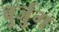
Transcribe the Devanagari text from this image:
बुर्जुग